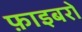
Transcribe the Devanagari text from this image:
फ़ाइबरों